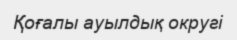
Қоғалы ауылдық округі